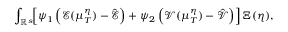
\int _ { \mathbb { R } ^ { s } } \! \! \left[ \psi _ { 1 } \left( \mathcal E ( \mu _ { T } ^ { \eta } ) - \hat { \mathcal E } \right) + \psi _ { 2 } \left( \mathcal V ( \mu _ { T } ^ { \eta } ) - \hat { \mathcal V } \right) \right] \d \Xi ( \eta ) ,